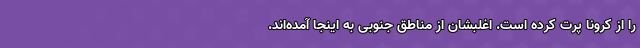
را از کرونا پرت کرده است. اغلبشان از مناطق جنوبی به اینجا آمده‌اند.